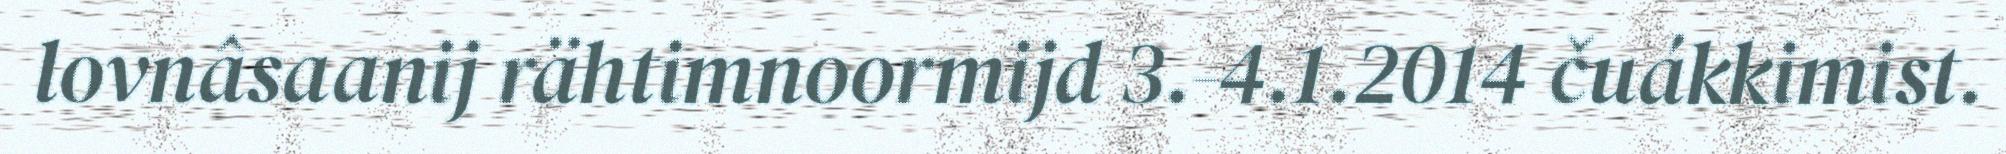
lovnâsaanij rähtimnoormijd 3.-4.1.2014 čuákkimist.